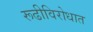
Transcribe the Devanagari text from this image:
रूढीविरोधात